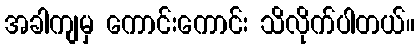
အခါကျမှ ကောင်းကောင်း သိလိုက်ပါတယ်။